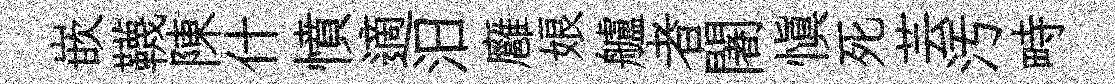
嵌韈陳什憤適汨廱娘艫者闍慎死芸汚畤